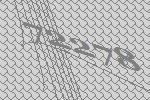
72278